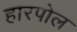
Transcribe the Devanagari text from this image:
हारपोल